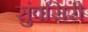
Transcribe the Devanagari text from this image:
सुंवसिरी